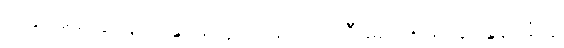
ယခု အခါတွင်မူ ဟိန္ဒူအယူဝါဒသည် လူဦးရေ ၈၅ ရာခိုင်နှုန်း ခံယူ